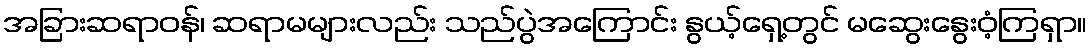
အခြားဆရာဝန်၊ ဆရာမများလည်း သည်ပွဲအကြောင်း နွယ့်ရှေ့တွင် မဆွေးနွေးဝံ့ကြရှာ။